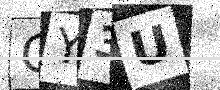
Text: GY3U